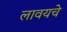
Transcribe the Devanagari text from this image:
लावयचे